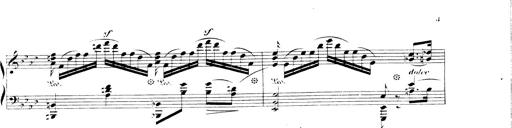
Title: 3 Chansons
Composer: Franz Liszt